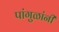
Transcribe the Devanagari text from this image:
पांगुळांनी